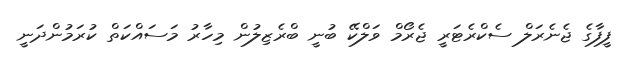
ފީފާގެ ޖެނެރަލް ސެކްރެޓަރީ ޖެރޯމް ވަލްކޭ ބުނީ ބްރެޒިލުން މިހާރު މަސައްކަތް ކުރަމުންދަނީ